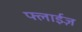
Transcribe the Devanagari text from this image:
फ्लाईज़